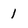
Character: 1